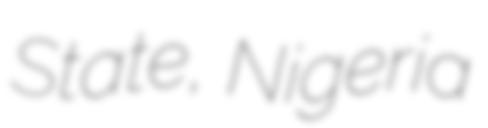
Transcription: State, Nigeria